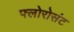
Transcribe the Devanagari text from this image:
फ्लोरोसंट